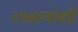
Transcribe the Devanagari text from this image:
लढायांशी